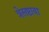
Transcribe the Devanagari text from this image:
त्रेसष्टावा